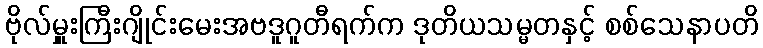
ဗိုလ်မှူးကြီးဂျိုင်းမေးအဗဒူဂူတီရက်က ဒုတိယသမ္မတနှင့် စစ်သေနာပတိ